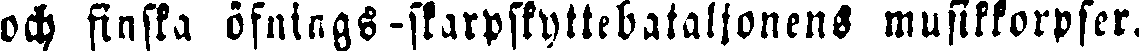
och finska öfnings-skarpskyttebataljonens musikkorpser.